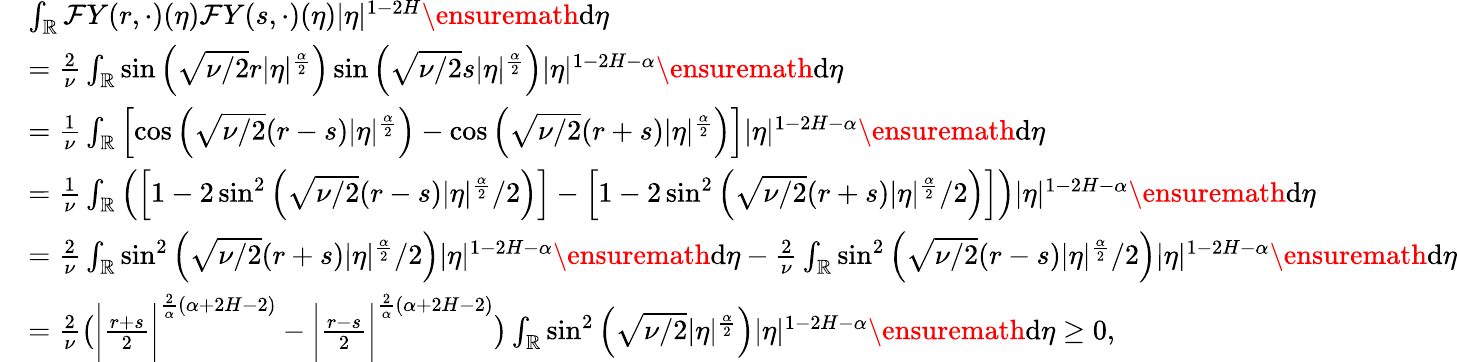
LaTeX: \begin{array}{rl}&{\int_{\mathbb{R}}\mathcal{F}Y(r,\cdot)(\eta)\mathcal{F}Y(s,\cdot)(\eta)|\eta|^{1-2H}\ensuremath{\mathrm{d}}\eta}\\ &{=\frac{2}{\nu}\int_{\mathbb{R}}\sin\left(\sqrt{\nu/2}r|\eta|^{\frac\alpha 2}\right)\sin\left(\sqrt{\nu/2}s|\eta|^{\frac\alpha 2}\right)|\eta|^{1-2H-\alpha}\ensuremath{\mathrm{d}}\eta}\\ &{=\frac{1}{\nu}\int_{\mathbb{R}}\left[\cos\left(\sqrt{\nu/2}(r-s)|\eta|^{\frac\alpha 2}\right)-\cos\left(\sqrt{\nu/2}(r+s)|\eta|^{\frac\alpha 2}\right)\right]|\eta|^{1-2H-\alpha}\ensuremath{\mathrm{d}}\eta}\\ &{=\frac{1}{\nu}\int_{\mathbb{R}}\left(\left[1-2\sin^{2}\left(\sqrt{\nu/2}(r-s)|\eta|^{\frac\alpha 2}/2\right)\right]-\left[1-2\sin^{2}\left(\sqrt{\nu/2}(r+s)|\eta|^{\frac\alpha 2}/2\right)\right]\right)|\eta|^{1-2H-\alpha}\ensuremath{\mathrm{d}}\eta}\\ &{=\frac{2}{\nu}\int_{\mathbb{R}}\sin^{2}\left(\sqrt{\nu/2}(r+s)|\eta|^{\frac\alpha 2}/2\right)|\eta|^{1-2H-\alpha}\ensuremath{\mathrm{d}}\eta-\frac{2}{\nu}\int_{\mathbb{R}}\sin^{2}\left(\sqrt{\nu/2}(r-s)|\eta|^{\frac\alpha 2}/2\right)|\eta|^{1-2H-\alpha}\ensuremath{\mathrm{d}}\eta}\\ &{=\frac{2}{\nu}\left(\bigg|\frac{r+s}{2}\bigg|^{\frac{2}{\alpha}(\alpha+2H-2)}-\bigg|\frac{r-s}{2}\bigg|^{\frac{2}{\alpha}(\alpha+2H-2)}\right)\int_{\mathbb{R}}\sin^{2}\left(\sqrt{\nu/2}|\eta|^{\frac\alpha 2}\right)|\eta|^{1-2H-\alpha}\ensuremath{\mathrm{d}}\eta\ge 0,}\end{array}